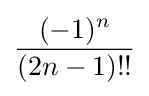
{\frac {(-1)^{n}}{(2n-1)!!}}